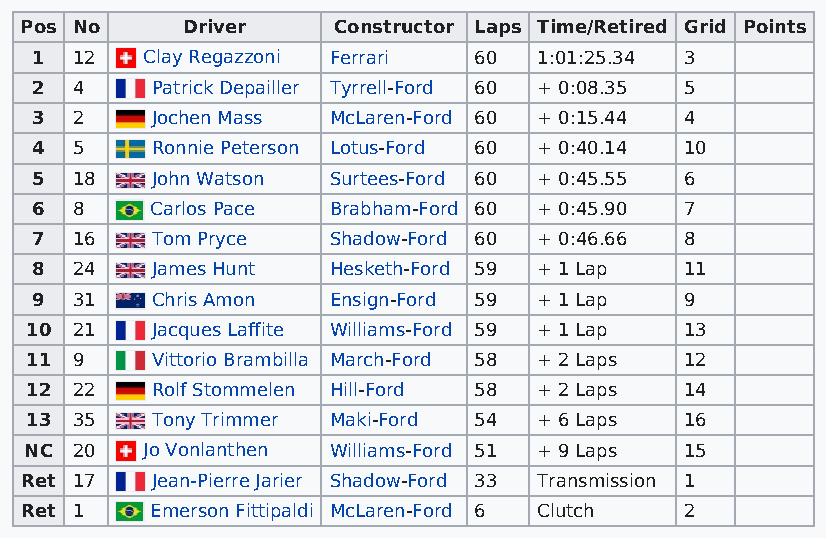
Pos No     Driver    Constructor Laps Time/Retired Grid Points
 1  12  Clay Regazzoni Ferrari 60  1:01:25.34 3
 2  4    Patrick Depailler Tyrrell-Ford 60 + 0:08.35 5
 3  2    Jochen Mass McLaren-Ford 60 + 0:15.44 4
 4  5    Ronnie Peterson Lotus-Ford 60 + 0:40.14 10
 5  18   John Watson Surtees-Ford 60 + 0:45.55 6
 6  8    Carlos Pace Brabham-Ford 60 + 0:45.90 7
 7  16   Tom Pryce   Shadow-Ford 60 + 0:46.66 8
 8  24   James Hunt  Hesketh-Ford 59 + 1 Lap 11
 9  31   Chris Amon  Ensign-Ford 59 + 1 Lap 9
 10 21   Jacques Laffite Williams-Ford 59 + 1 Lap 13
 11 9    Vittorio Brambilla March-Ford 58 + 2 Laps 12
 12 22   Rolf Stommelen Hill-Ford 58 + 2 Laps 14
 13 35   Tony Trimmer Maki-Ford 54 + 6 Laps 16
 NC 20  Jo Vonlanthen Williams-Ford 51 + 9 Laps 15
 Ret 17   Jean-Pierre Jarier Shadow-Ford 33 Transmission 1
 Ret 1    Emerson Fittipaldi McLaren-Ford 6 Clutch 2